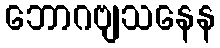
ဘောဂဗျသနေန